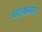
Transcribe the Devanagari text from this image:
धङकताता